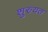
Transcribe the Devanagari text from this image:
शुरुयत